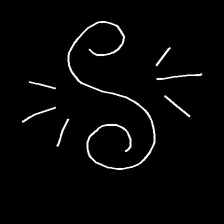
Glyph: wind-directs-air